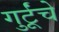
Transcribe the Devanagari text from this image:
गुर्टूंचे